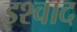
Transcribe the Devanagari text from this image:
इश्वाद